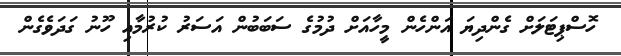
ހޮސްޕިޓަލަށް ގެންދިޔަ އަންހެން މީހާއަށް ދުމުގެ ސަބަބުން އަސަރު ކުރުމާއި ހޫނު ގަދަވެގެން